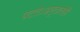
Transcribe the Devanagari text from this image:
पटते।अमृतातेही